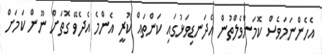
އެހެންނަމަވެސް ކޮމަންވެލްތުން އެދަނޑިވަޅުގައި ކަންތައް ކުރީ އެންމެ އެދެވޭ ގޮތަށް ނޫން ކަމަށް